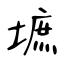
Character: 墌